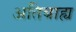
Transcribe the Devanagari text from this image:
अतिबाह्य